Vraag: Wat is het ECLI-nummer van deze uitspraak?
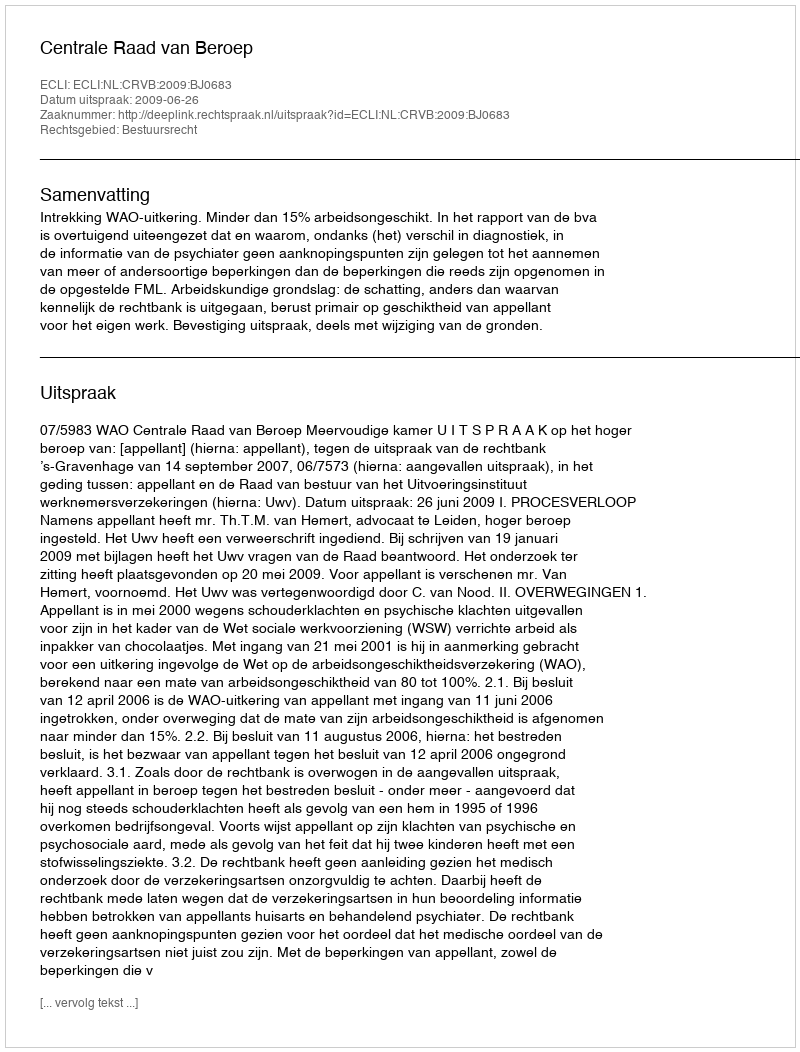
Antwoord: ECLI:NL:CRVB:2009:BJ0683